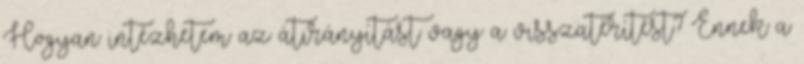
Hogyan intézhetem az átirányítást vagy a visszatérítést? Ennek a